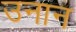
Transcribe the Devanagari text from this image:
उनान